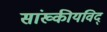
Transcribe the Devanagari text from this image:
सांख्कीयविद्